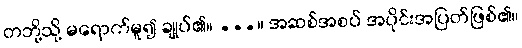
တဘို့သို့ မရောက်မူ၍ ချုပ်၏။ ...။ အဆစ်အစပ် အပိုင်းအပြတ်ဖြစ်၏။